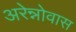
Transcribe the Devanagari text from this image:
अरेन्नोवास